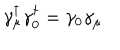
\gamma _ { \mu } ^ { \dagger } \gamma _ { 0 } ^ { \dagger } = \gamma _ { 0 } \gamma _ { \mu }